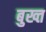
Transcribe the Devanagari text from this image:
बुख्त